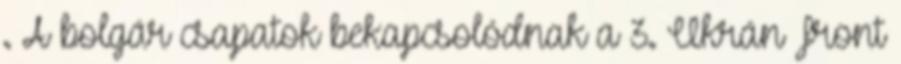
. A bolgár csapatok bekapcsolódnak a 3. Ukrán Front